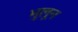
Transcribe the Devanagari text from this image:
भुलून